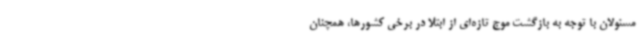
مسئولان با توجه به بازگشت موج تازه‌ای از ابتلا در برخی کشورها، همچنان